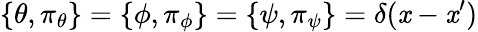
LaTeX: \{ \theta,\pi_{\theta}\} =\{ \phi,\pi_{\phi}\} =\{ \psi,\pi_{\psi}\} =\delta(\mathit{x}-\mathit{x}^{\prime})